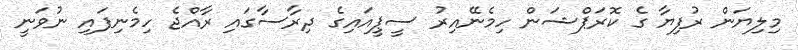
މިލިޔަން ރުފިޔާ ގެ ކޮރަޕްޝަން ހިމެނޭއިރު ސީޕީއައިގެ ދިރާސާގައި ރާއްޖެ ހިމެނިފައި ނުވަނީ